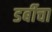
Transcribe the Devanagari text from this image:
डर्बीचा